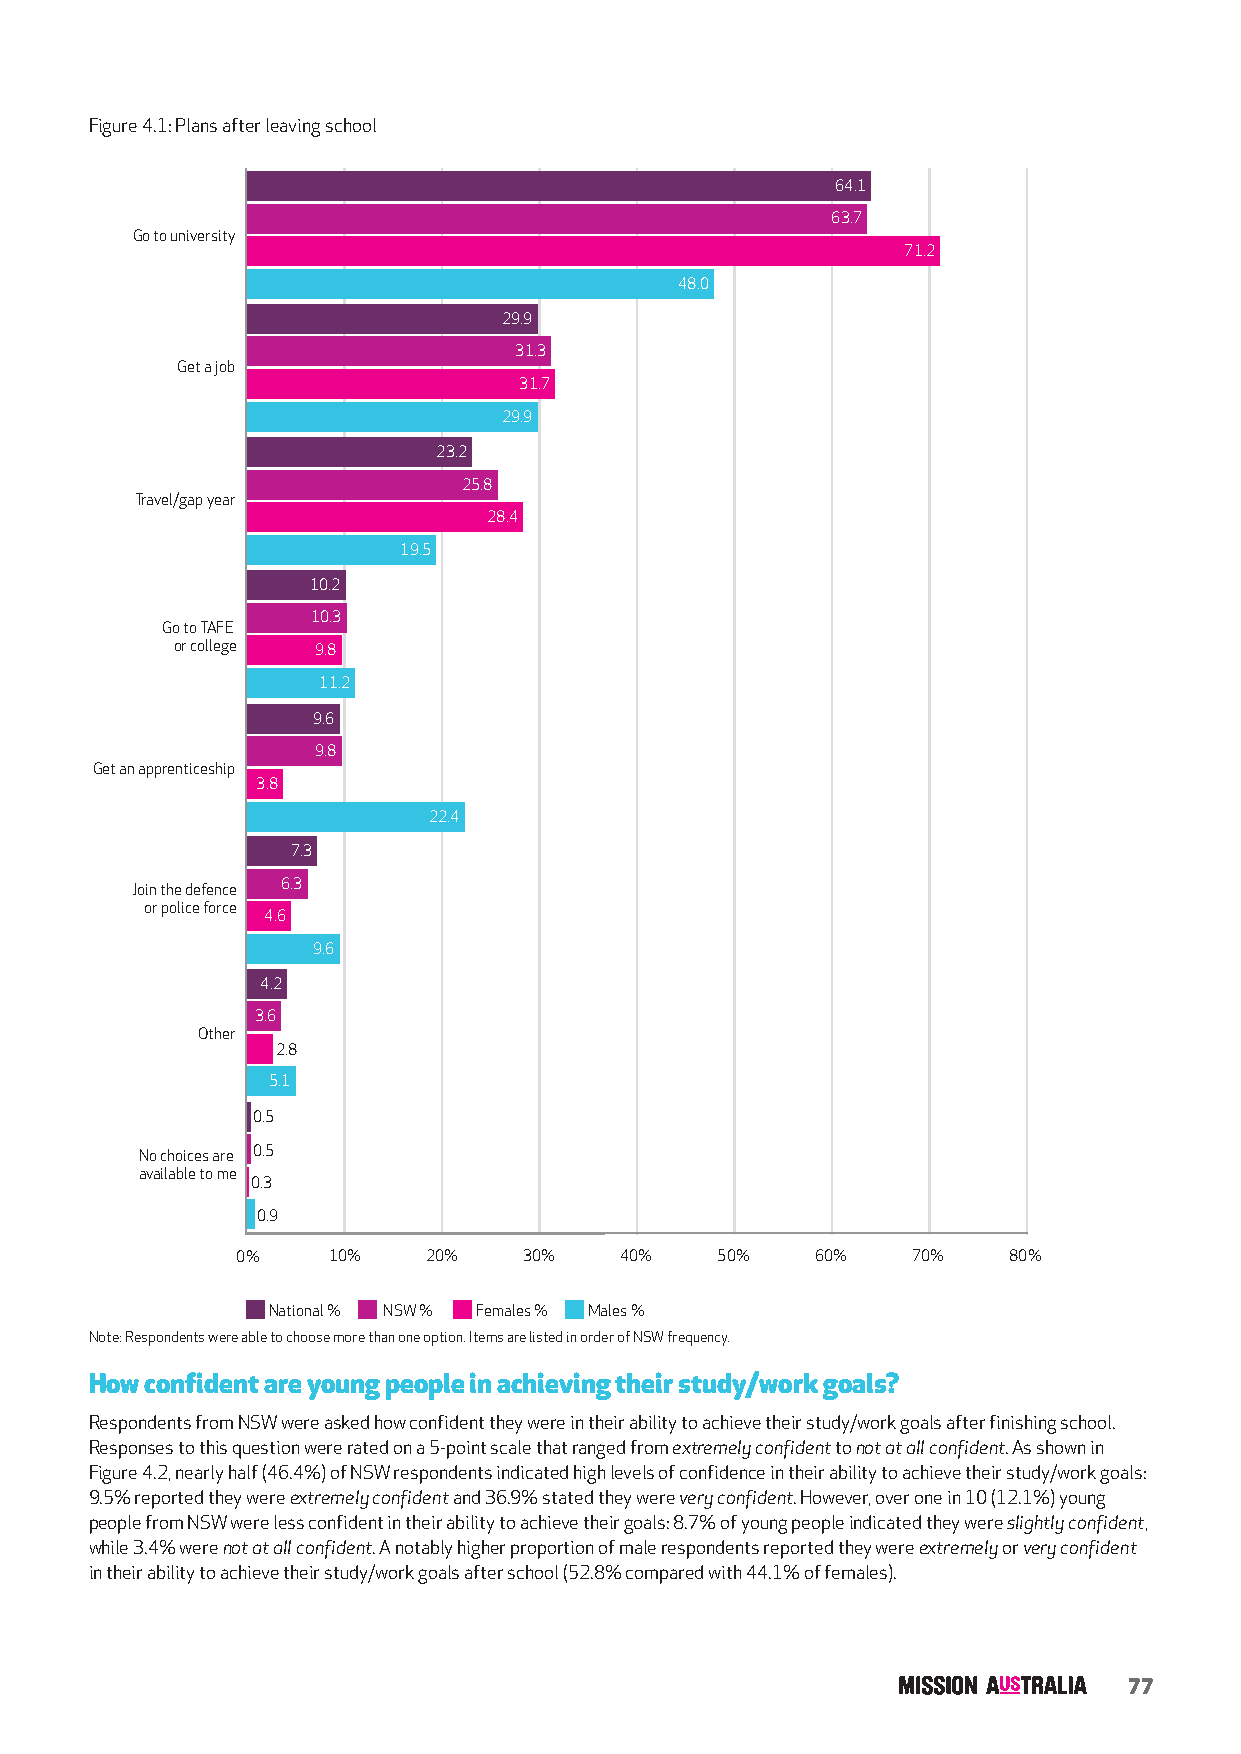
Figure 4.1: Plans after leaving school
 64.1
 63.7
 Go to university
 71.2
 48.0
 29.9
 31.3
 Get a job
 31.7
 29.9
 23.2
 25.8
 Travel/gap year
 28.4
 19.5
 10.2
 10.3
 Go to TAFE
 or college 9.8
 11.2
 9.6
 9.8
 Get an apprenticeship
 3.8
 22.4
 7.3
 Join the defence 6.3
 or police force
 4.6
 9.6
 3.6  4.2
 3.6
 Other
 2.8
 5.1
 0.5
 No choices are 0.5
 available to me
 0.3
 0.9
 0%    10%   20%    30%   40%   50%    60%   70%    80%
 National % NSW % Females % Males %
 Note: Respondents were able to choose more than one option. Items are listed in order of NSW frequency.
 How confident are young people in achieving their study/work goals?
 Respondents from NSW were asked how confident they were in their ability to achieve their study/work goals after finishing school.
 Responses to this question were rated on a 5-point scale that ranged from extremely confident to not at all confident. As shown in
 Figure 4.2, nearly half (46.4%) of NSW respondents indicated high levels of confidence in their ability to achieve their study/work goals:
 9.5% reported they were extremely confident and 36.9% stated they were very confident. However, over one in 10 (12.1%) young
 people from NSW were less confident in their ability to achieve their goals: 8.7% of young people indicated they were slightly confident,
 while 3.4% were not at all confident. A notably higher proportion of male respondents reported they were extremely or very confident
 in their ability to achieve their study/work goals after school (52.8% compared with 44.1% of females).
 77